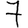
Digit: 7